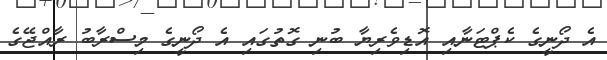
އެ ދޯނީގެ ކެޕްޓަނާއި އޮޑިވެރިޔާ ބުނި ގޮތުގައި އެ ދޯނީގެ މިސްރާބު ރާއްޖޭގެ